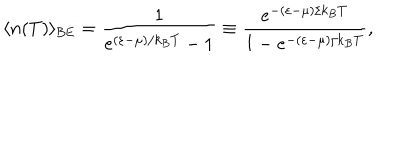
\langle n ( T ) \rangle _ { \mathrm { { B E } } } = \frac { 1 } { e ^ { ( \varepsilon - \mu ) / k _ { B } T } - 1 } \equiv \frac { e ^ { - ( \varepsilon - \mu ) / k _ { B } T } } { 1 - e ^ { - ( \varepsilon - \mu ) / k _ { B } T } } ,